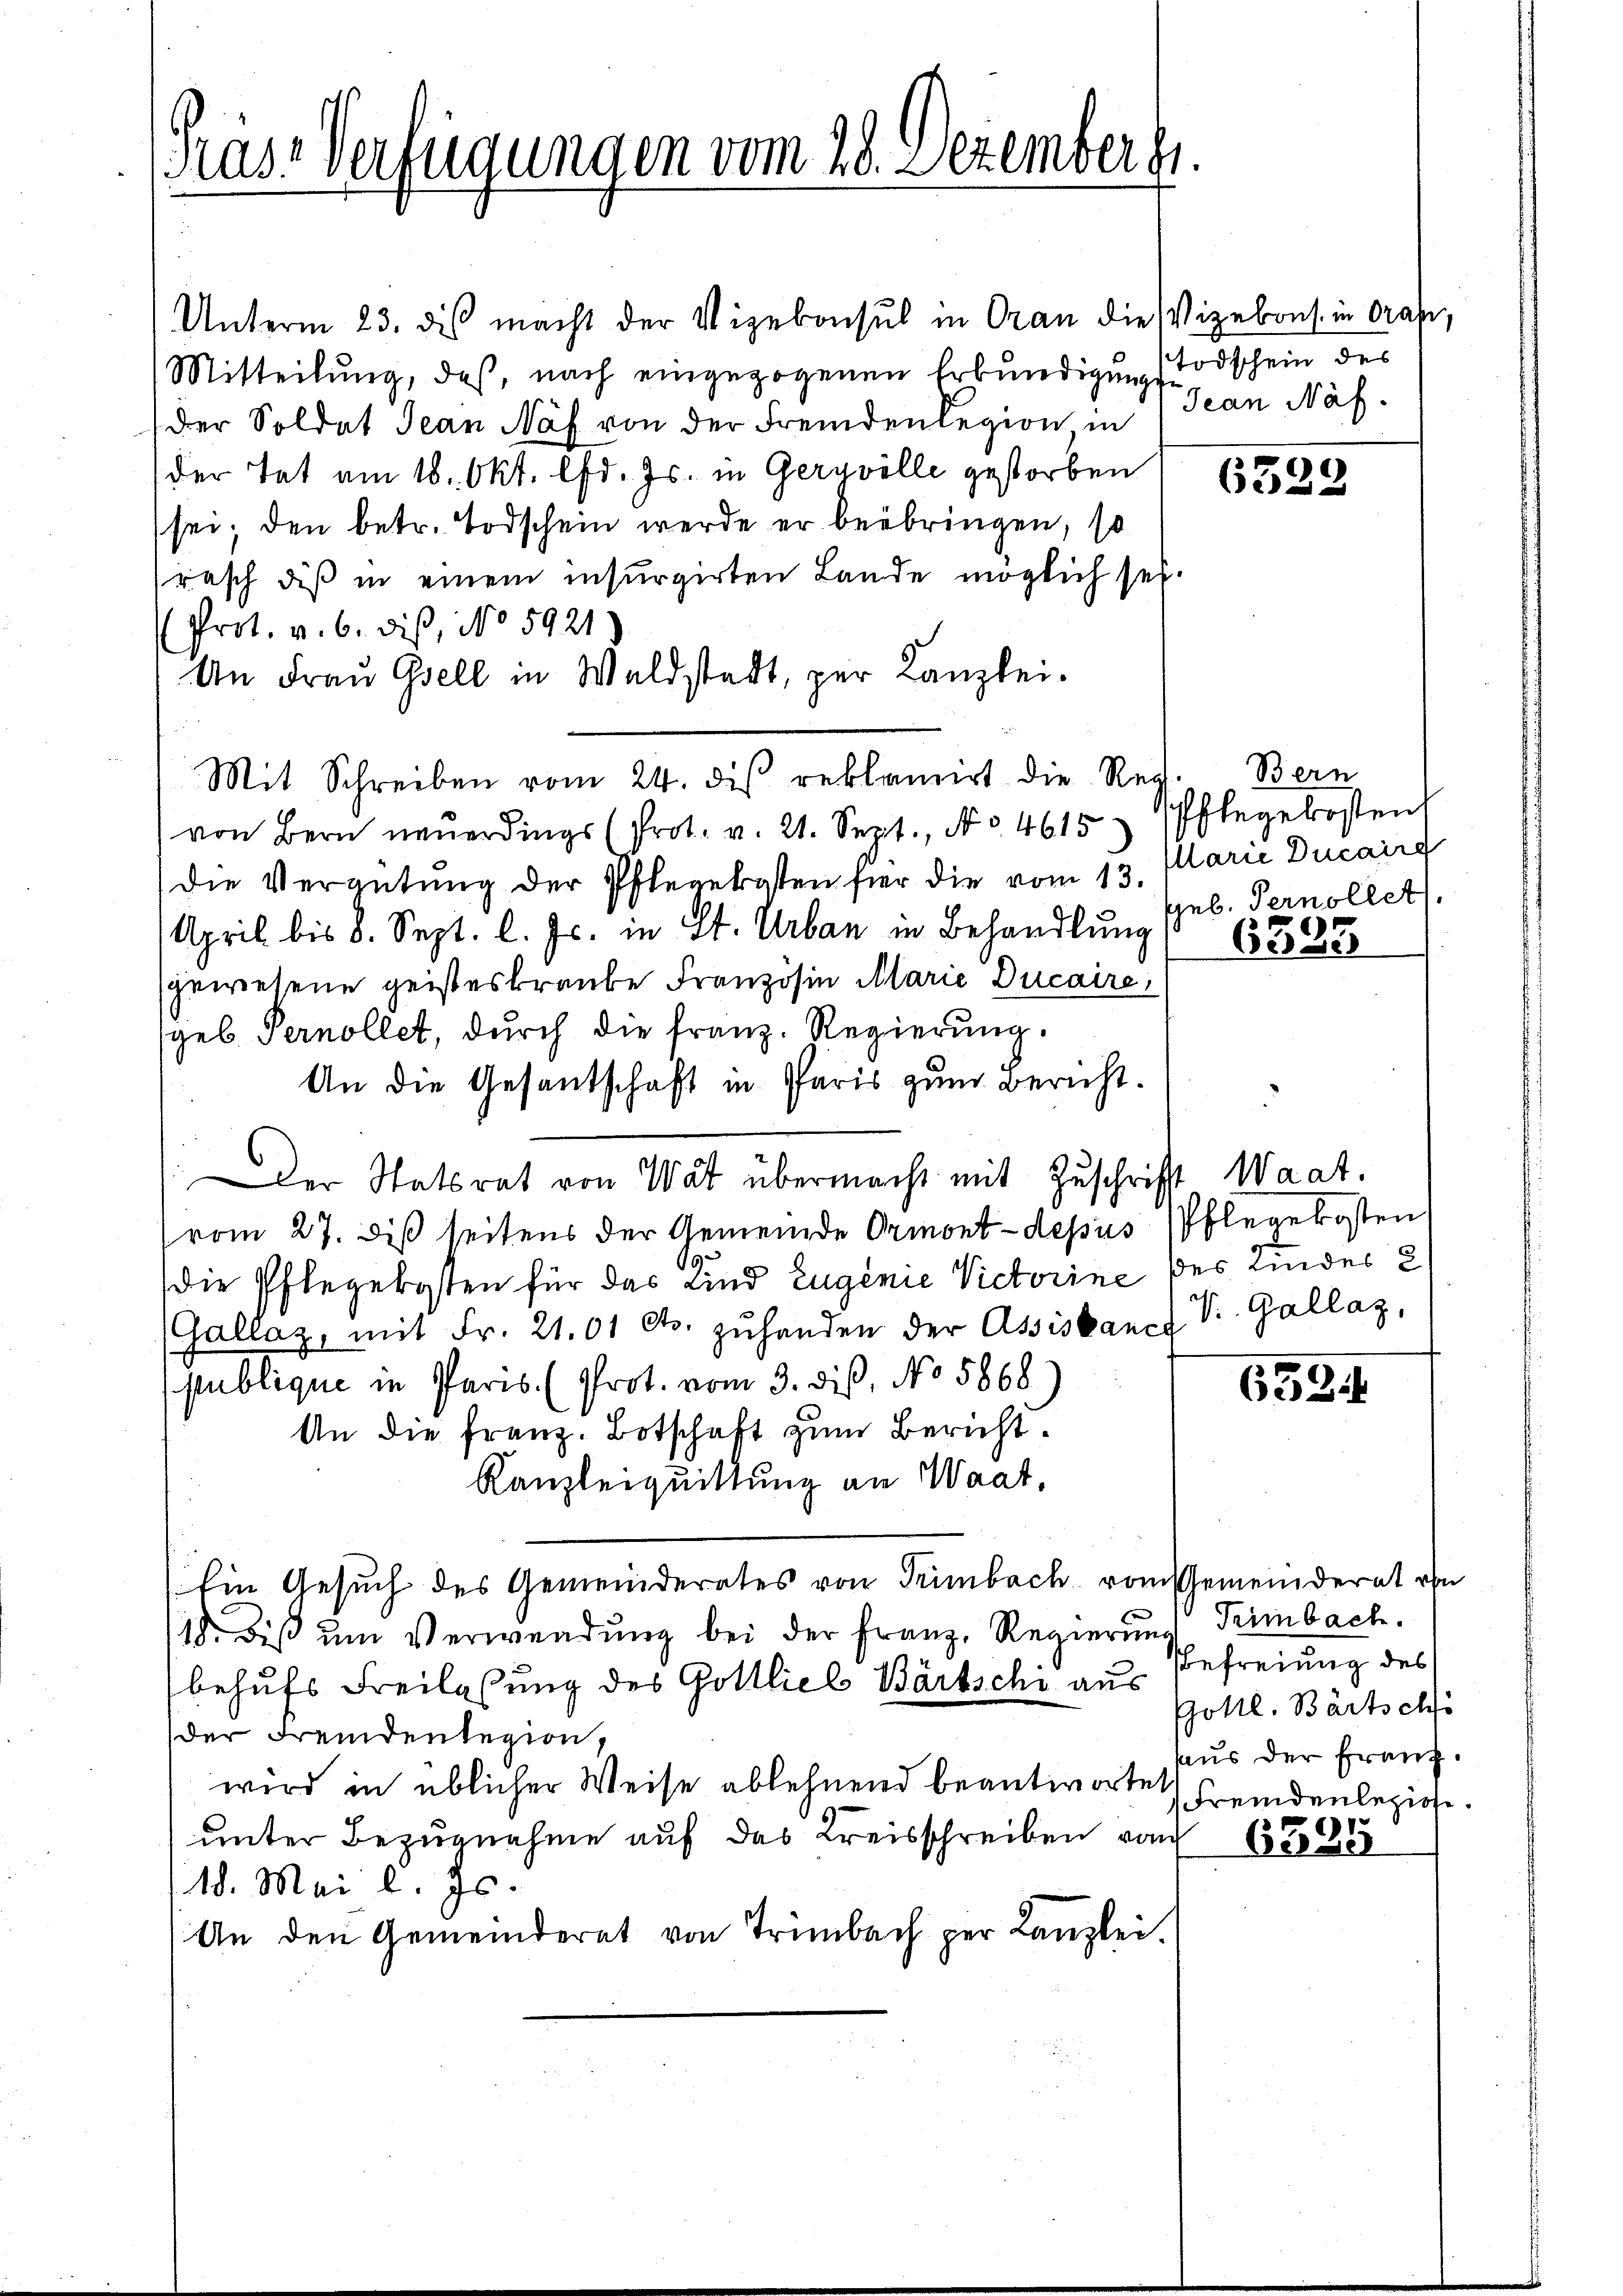
Krast verfügungen vom 28. Dezember g

Unterm 23. dis macht der Vizekonsul in Oran die Vizekons. in Orapi,
Mitteilung, daß, nach eingezogenen Erbundigung schein des
der Soldat Jean Näf von der Fremdenlegion in Jean Näfder Tat am 18. Okt. lfd. Js. in Gerzvolle gestorben
sei; den betr. Todschein werde er beibringen, so
rasch dis in einem insurgirten Lande möglich sei.
Prot. v. 6. dis, No 5921)
An Frau Gsell in Waldstadt, zur Kanzlei.
Mit Schreiben vom 24. des reklamirt die Reg. Bern
von Bern neŭerdings (Prot. v. 21. Sept., No. 4615 Pflegekosten
(die Vergütung der Pflegekosten für die vom 13. Marie Ducaire
April bis 8. Sept. l. Js. in St. Urban in Behandlung (geb. Pernollet
gewesene geisteskraute Französin Marie Ducaire,
geb. Pernollet, durch die franz. Regierŭng.
An die Gesantschaft in Paris zum Bericht.
Der Statsrat von Wat übermacht mit Zuschrift Waat.
(vom 27. diß seitens der Gemeinde Ormont-depus (Pflegekosten
s
die Pflegekosten für das Kind Eugenie Victorine des Kinder 2
Gallaz, mit Fr. 21. 01 cts. zŭ handen der Assistancf V. Gallaz,
publique in Paris. (Prot. vom 3. dis, No 5868
An die Franz. Botschaft zum Bericht.
Kanzleiquittung an Waat,
Ein Gesuch des Gemeinderates von Trimbach vom Gemeinderat von
1 bis um Verwendung bei der Franz, Regierung Trimbach,
behufs Freilassung des Gottlieb Bartschi aus
der Fremdenlegion,
wird in üblicher Weise ablehnend beantwortet
unter Bezugnahme auf das Kreisschreiben von
18. Mai l. Js.
An den Gemeinderet von Trimbach per Kanzlei.

6329

6393

6524

Befreiung des
Gottl. Bartschi
aus der Franz.
Fremdenleziehe.

6335